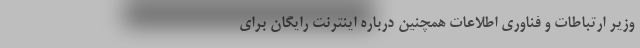
وزیر ارتباطات و فناوری اطلاعات همچنین درباره اینترنت رایگان برای